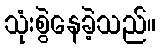
သုံးစွဲနေခဲ့သည်။